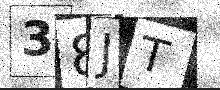
Text: 38JT